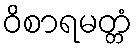
ဝိစာရမတ္တံ